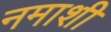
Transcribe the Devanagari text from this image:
नमाशी